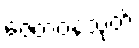
ဇေတဝနသုတ်